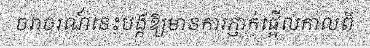
ចរាចរណ៍នេះបង្កឱ្យមានការភ្ញាក់ផ្អើលកាលពី